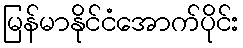
မြန်မာနိုင်ငံအောက်ပိုင်း